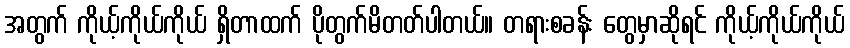
အတွက် ကိုယ့်ကိုယ်ကိုယ် ရှိတာထက် ပိုတွက်မိတတ်ပါတယ်။ တရားစခန်း တွေမှာဆိုရင် ကိုယ့်ကိုယ်ကိုယ်